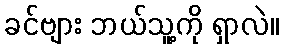
ခင်ဗျား ဘယ်သူ့ကို ရှာလဲ။